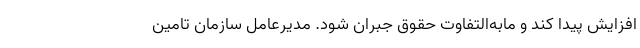
افزایش پیدا کند و مابه‌التفاوت حقوق جبران شود. مدیرعامل سازمان تامین